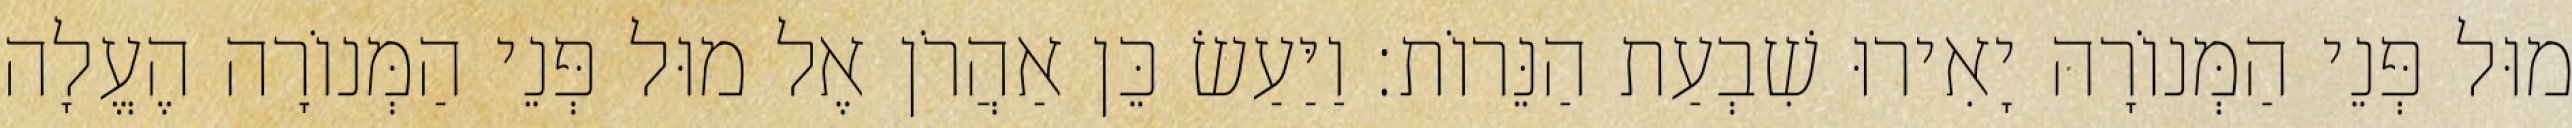
מוּל פְּנֵי הַמְּנוֹרָה יָאִירוּ שִׁבְעַת הַנֵּרוֹת׃ וַיַּעַשׂ כֵּן אַהֲרֹן אֶל מוּל פְּנֵי הַמְּנוֹרָה הֶעֱלָה